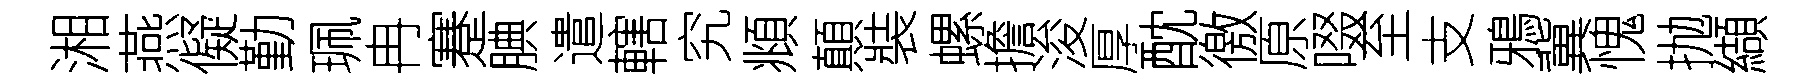
湘燕儗勤珮冉蹇腆遣轄究頫顛裝螺擔浚厚酖徼原啜至支鴉冀愧抛纈